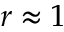
r \approx 1